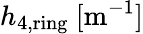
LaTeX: h_{4,\mathrm{ring}}\ [\textrm{m}^{-1}]